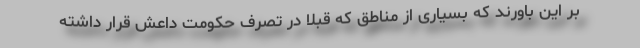
بر این باورند که بسیاری از مناطق که قبلا در تصرف حکومت داعش قرار داشته